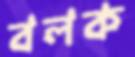
বলক